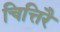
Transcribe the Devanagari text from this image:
चित्तिरै